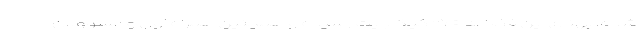
شده، پهنای این فضا به ۲۷۰ گیگابایت رسیده و همچنین همراه اول و مسوولان